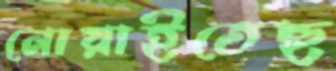
নোয়াইতেছ